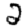
Digit: 2